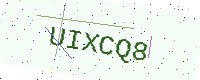
Text: UIXCQ8